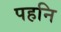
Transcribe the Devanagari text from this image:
पहनि